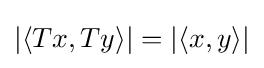
|\langle Tx,Ty\rangle |=|\langle x,y\rangle |